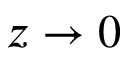
z \rightarrow 0